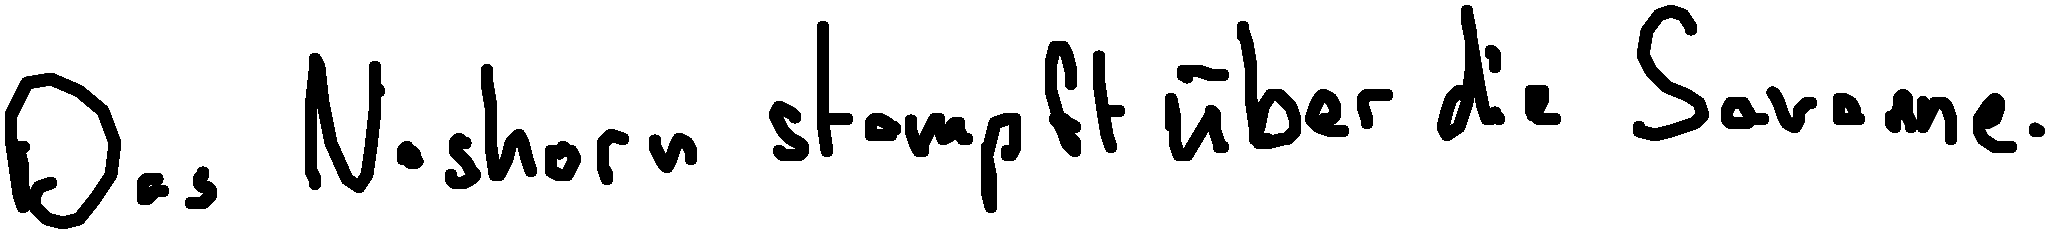
Das Nashorn stampft über die Savanne.